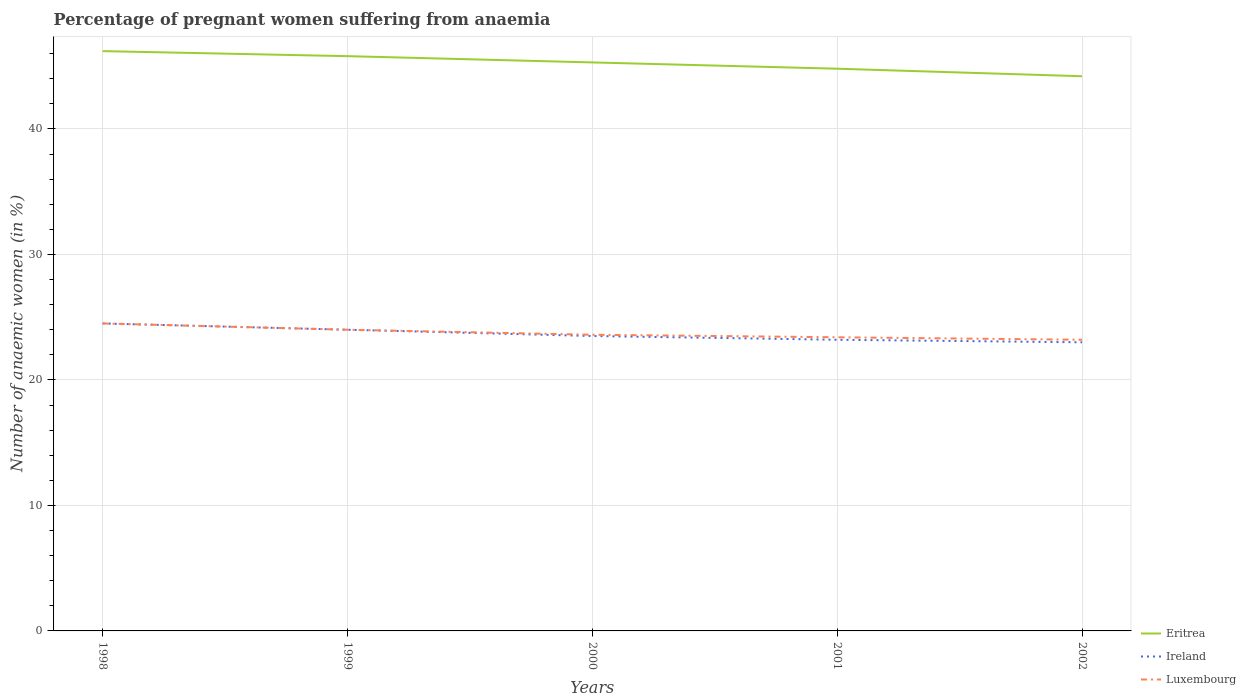
| Years | Eritrea | Ireland | Luxembourg |
 | --- | --- | --- | --- |
 | 1998 | 46.2 | 24.5 | 24.5 |
 | 1999 | 45.8 | 24 | 24 |
 | 2000 | 45.3 | 23.5 | 23.6 |
 | 2001 | 44.8 | 23.2 | 23.4 |
 | 2002 | 44.2 | 23 | 23.2 |